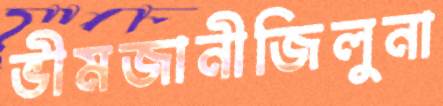
ভীমজানীজিলুনা